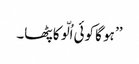
’’ ہو گا کوئی اُلّو کا پٹھا۔